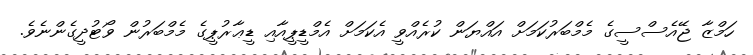
ހަމްޒާ ޖޭއެސްސީގެ މެމްބަރުކަމަށް އައްޔަން ކުރެއްވީ އެކަމަށް އެމްޑީޕީއާއި ޑީޢާރުޕީގެ މެމްބަރުން ވޯޓުދީގެންނެވެ.